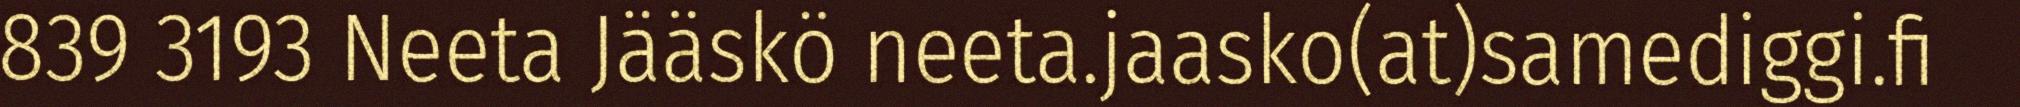
839 3193 Neeta Jääskö neeta.jaasko(at)samediggi.fi